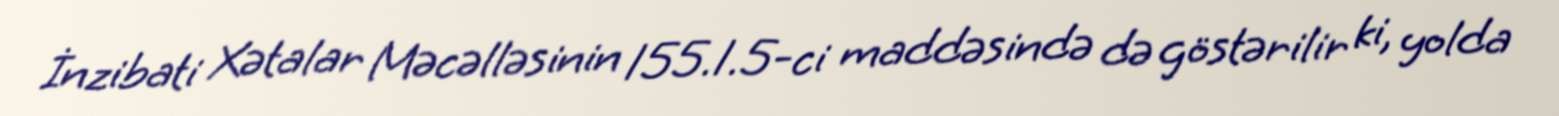
İnzibati Xətalar Məcəlləsinin 155.1.5-ci maddəsində də göstərilir ki, yolda